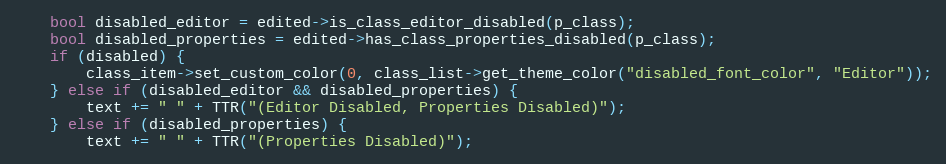
Language: C++
	bool disabled_editor = edited->is_class_editor_disabled(p_class);
	bool disabled_properties = edited->has_class_properties_disabled(p_class);
	if (disabled) {
		class_item->set_custom_color(0, class_list->get_theme_color("disabled_font_color", "Editor"));
	} else if (disabled_editor && disabled_properties) {
		text += " " + TTR("(Editor Disabled, Properties Disabled)");
	} else if (disabled_properties) {
		text += " " + TTR("(Properties Disabled)");